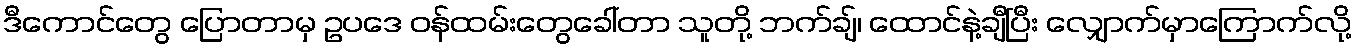
ဒီကောင်တွေ ပြောတာမှ ဥပဒေ ဝန်ထမ်းတွေခေါ်တာ သူတို့ ဘက်ချ်၊ ထောင်နဲ့ချီပြီး လျှောက်မှာကြောက်လို့